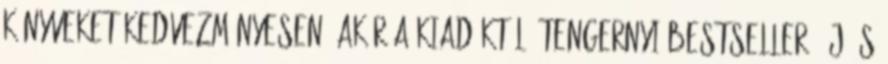
könyveket kedvezményesen, akár a kiadóktól. Tengernyi bestseller, új és